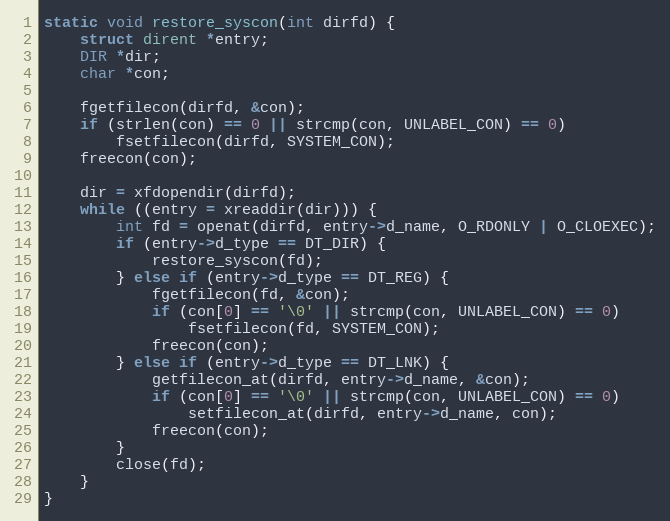
Language: C++
static void restore_syscon(int dirfd) {
    struct dirent *entry;
    DIR *dir;
    char *con;

    fgetfilecon(dirfd, &con);
    if (strlen(con) == 0 || strcmp(con, UNLABEL_CON) == 0)
        fsetfilecon(dirfd, SYSTEM_CON);
    freecon(con);

    dir = xfdopendir(dirfd);
    while ((entry = xreaddir(dir))) {
        int fd = openat(dirfd, entry->d_name, O_RDONLY | O_CLOEXEC);
        if (entry->d_type == DT_DIR) {
            restore_syscon(fd);
        } else if (entry->d_type == DT_REG) {
            fgetfilecon(fd, &con);
            if (con[0] == '\0' || strcmp(con, UNLABEL_CON) == 0)
                fsetfilecon(fd, SYSTEM_CON);
            freecon(con);
        } else if (entry->d_type == DT_LNK) {
            getfilecon_at(dirfd, entry->d_name, &con);
            if (con[0] == '\0' || strcmp(con, UNLABEL_CON) == 0)
                setfilecon_at(dirfd, entry->d_name, con);
            freecon(con);
        }
        close(fd);
    }
}